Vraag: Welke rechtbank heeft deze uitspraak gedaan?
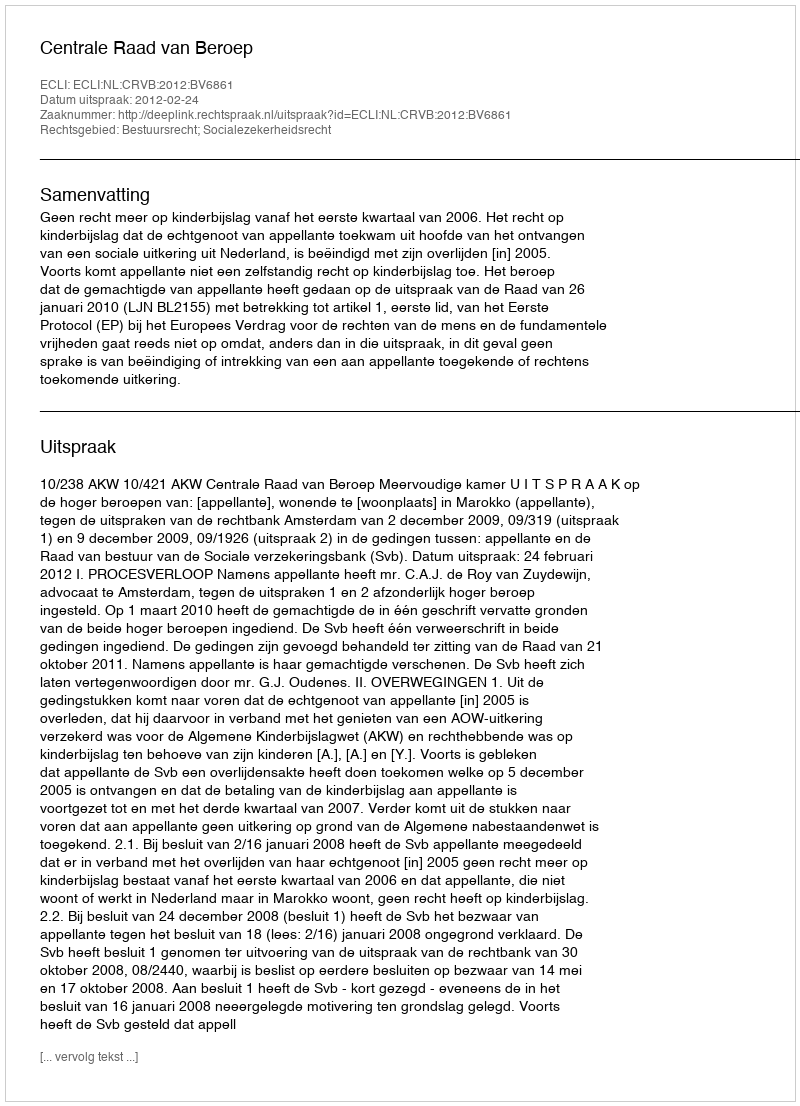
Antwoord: Centrale Raad van Beroep